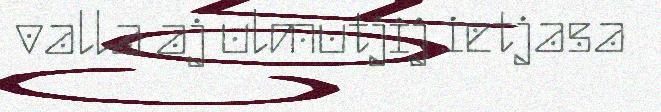
valla aj ulmutjij ietjasa